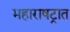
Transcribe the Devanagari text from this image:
महाराषट्रात